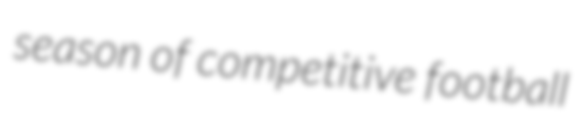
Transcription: season of competitive football